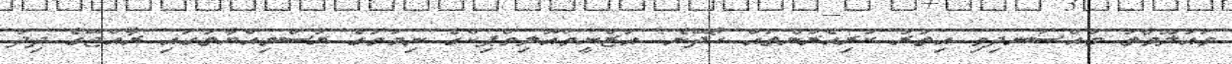
މައުލޫމާތު މުއްސަނދިވި އިތުރު ކުރިއެރުންތައް ހޯދޭނެ: އަޒްނީމްއޮލިމްޕިކްގެ ނިމުމުގެ ރަސްމިއްޔާތުގައި ރާއްޖޭގެ ދިދަ